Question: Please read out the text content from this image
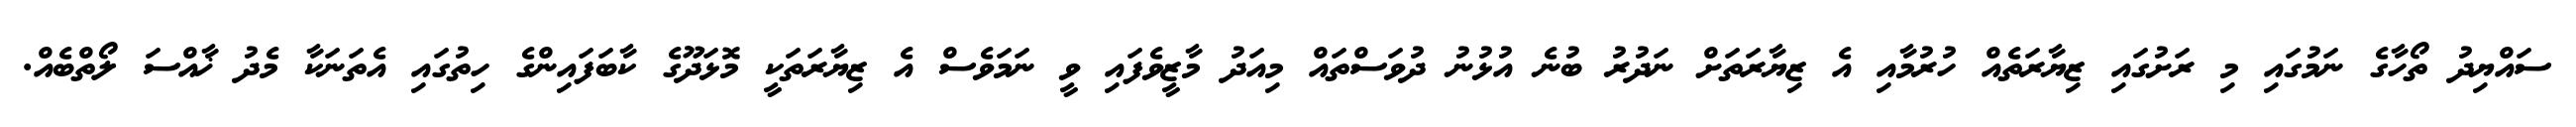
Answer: ސައްޔިދު ތޯހާގެ ނަމުގައި މި ރަށުގައި ޒިޔާރަތެއް ހުރުމާއި އެ ޒިޔާރަތަށް ނަދުރު ބުނެ އުޅުނު ދުވަސްތައް މިއަދު މާޒީވެފައި ވީ ނަމަވެސް އެ ޒިޔާރަތަކީ މޮޅަދޫގެ ކާބަފައިންގެ ހިތުގައި އެތަނަކާ މެދު ޚާއްސަ ލޯތްބެއް.